342_HS1-416511228_319.1 Flying Discs 1949
Agency: Department of War
Incident date: 1/9/50
Page 129
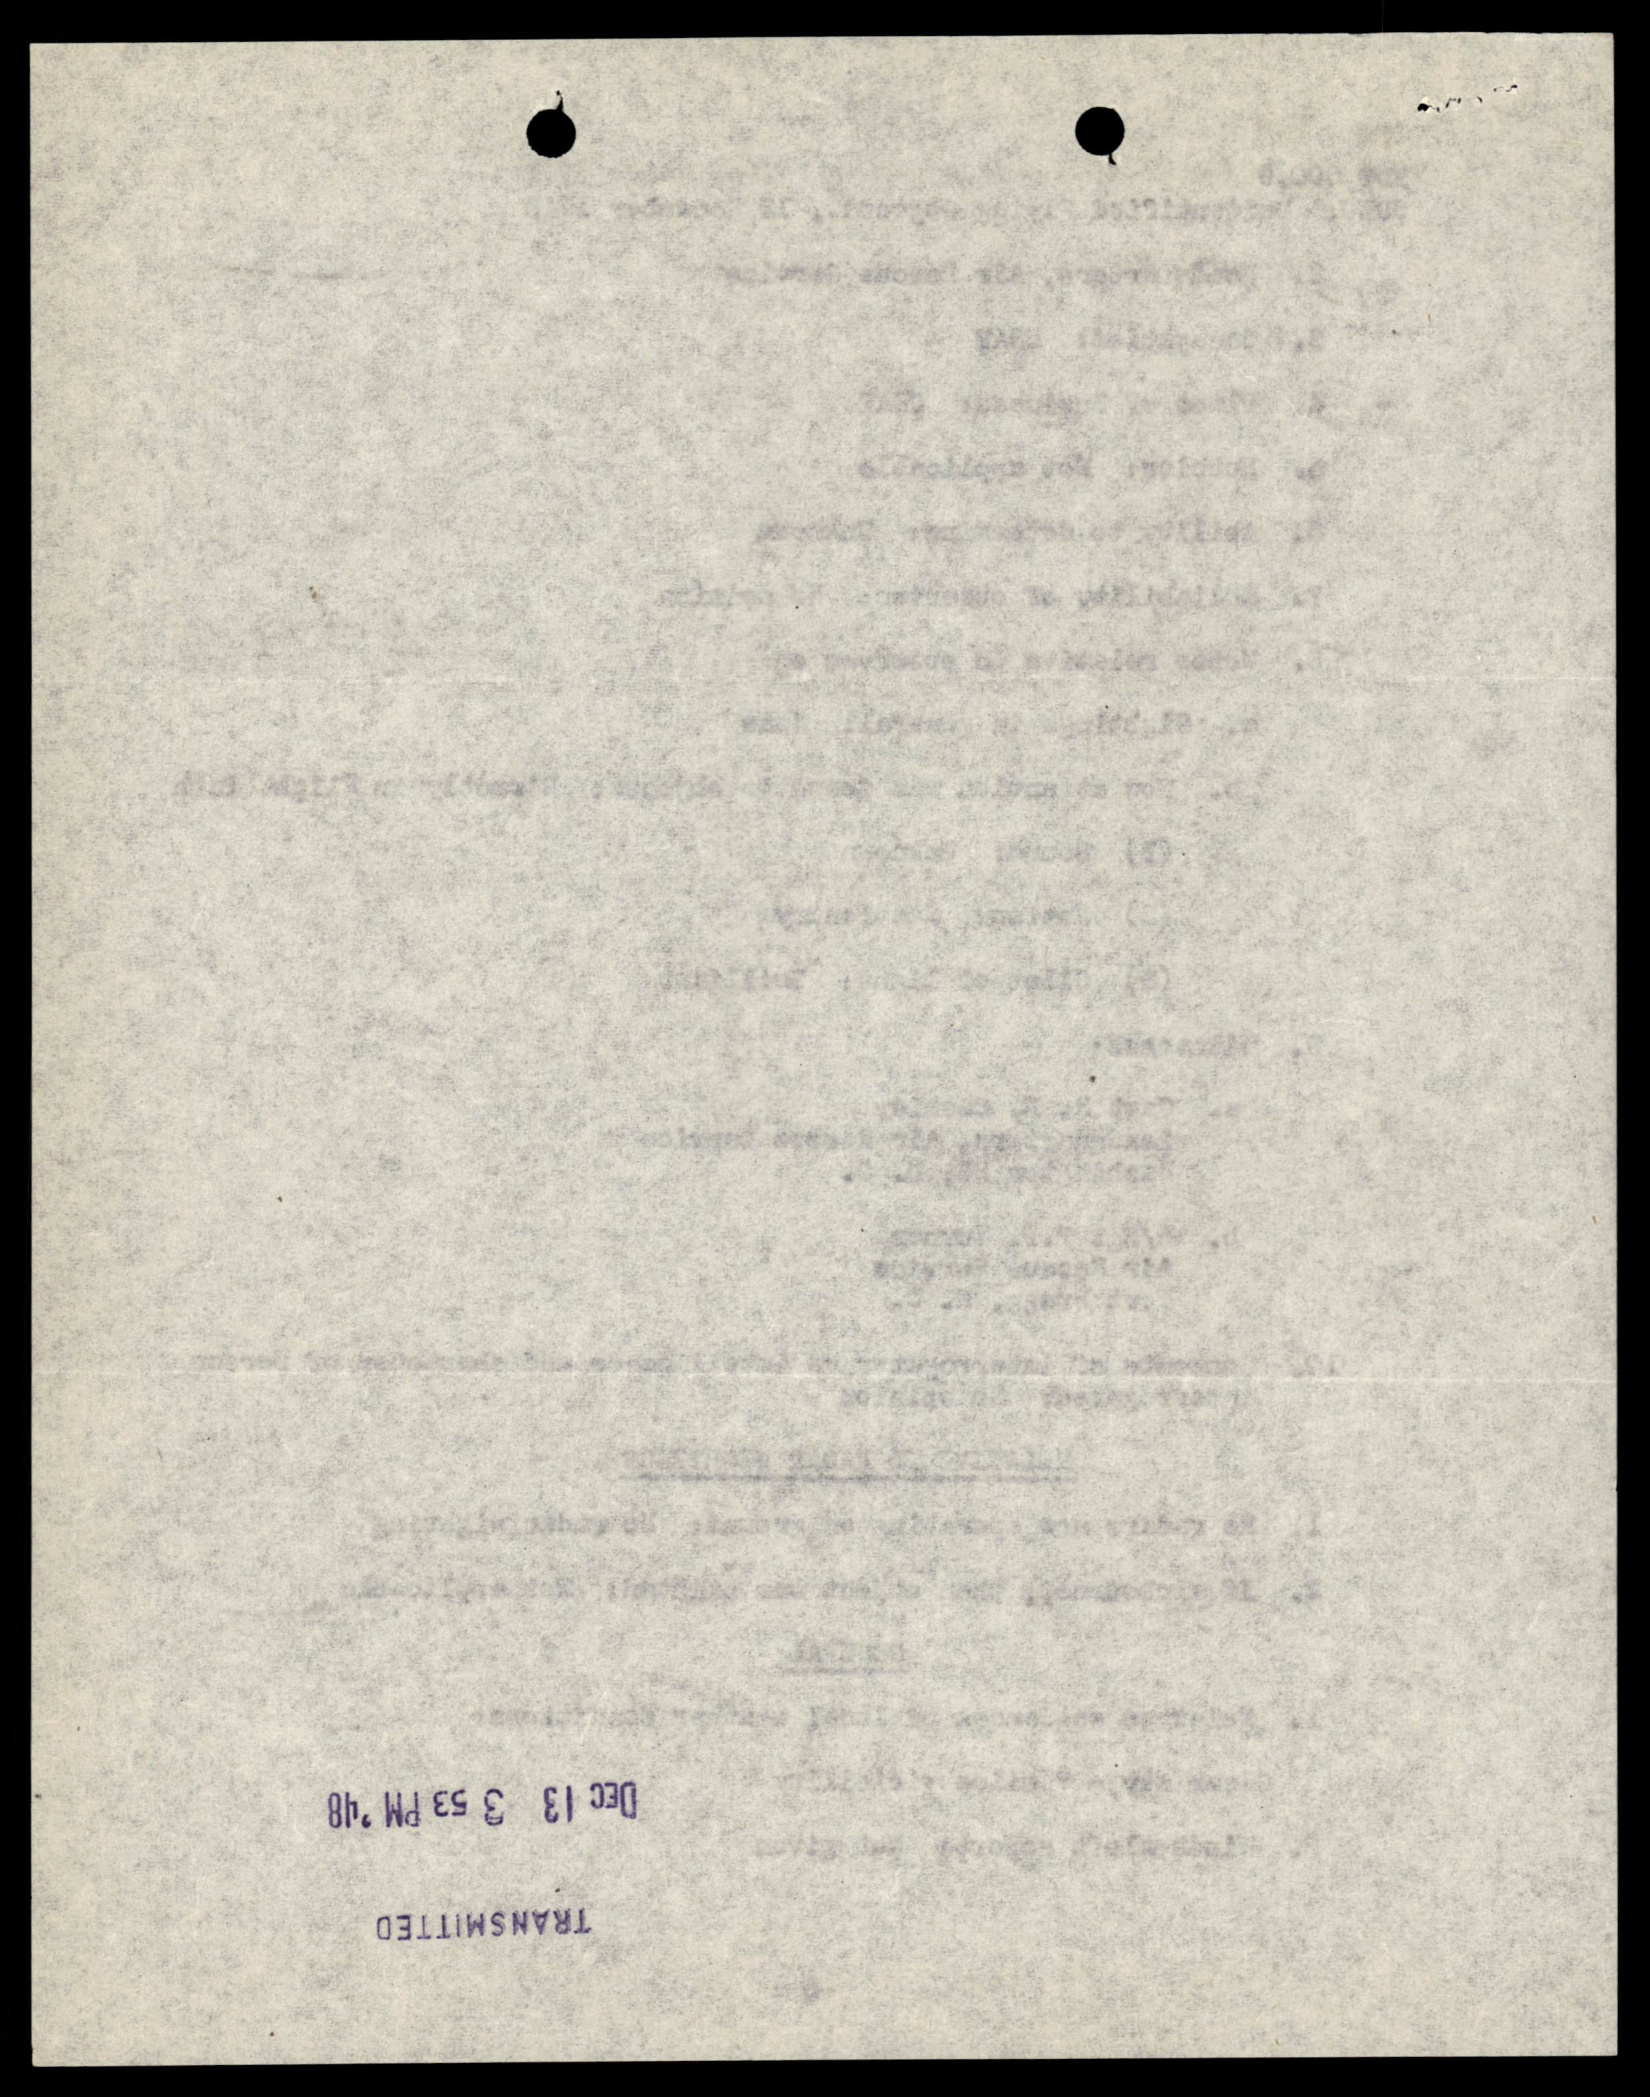